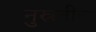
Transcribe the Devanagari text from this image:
नुस्रतींचा